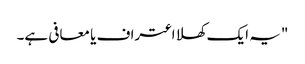
"یہ ایک کھلا اعتراف یا معافی ہے۔